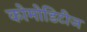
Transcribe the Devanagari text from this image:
कोमोडिटीज